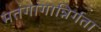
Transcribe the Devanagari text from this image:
मतंगांगान्निर्गता